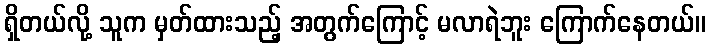
ရှိတယ်လို့ သူက မှတ်ထားသည့် အတွက်ကြောင့် မလာရဲဘူး ကြောက်နေတယ်။